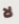
لا